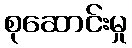
စုဆောင်းမှု